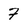
Character: 7